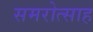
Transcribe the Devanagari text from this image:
समरोत्साह